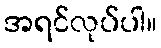
အရင်လုပ်ပါ။